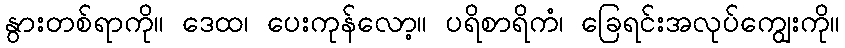
နွားတစ်ရာကို။ ဒေထ၊ ပေးကုန်လော့။ ပရိစာရိကံ၊ ခြေရင်းအလုပ်ကျွေးကို။